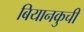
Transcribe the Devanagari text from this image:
बियानकुची